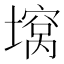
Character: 𫮪